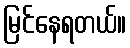
မြင်နေရတယ်။